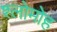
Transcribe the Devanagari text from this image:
श्लोमोह